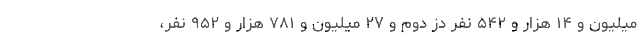
میلیون و ۱۴ هزار و ۵۴۲ نفر دُز دوم و ۲۷ میلیون و ۷۸۱ هزار و ۹۵۲ نفر،